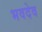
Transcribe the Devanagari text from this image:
भवदेव